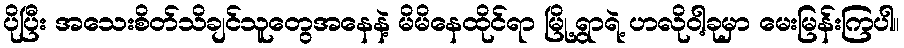
ပိုပြီး အသေးစိတ်သိချင်သူတွေအနေနဲ့ မိမိနေထိုင်ရာ မြို့ရွာရဲ့ ဟလိုဝါ့ခုမှာ မေးမြန်းကြပါ။